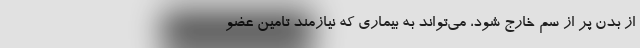
از بدن پر از سم خارج شود، می‌تواند به بیماری که نیازمند تامین عضو